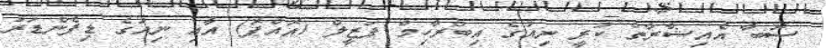
ސޮބާ އެއިޝާރާތް ކުރީ ނިއުގެ އިބްރާހިމް ފަޒީލް (އޮއްޕޮ) އާއި ނިއުގެ ޑިފެންޑަރު